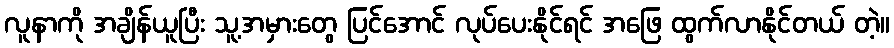
လူနာကို အချိန်ယူပြီး သူ့အမှားတွေ ပြင်အောင် လုပ်ပေးနိုင်ရင် အဖြေ ထွက်လာနိုင်တယ် တဲ့။